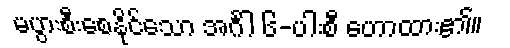
မပွားစီးစေနိုင်သော အင်္ဂါ ၆-ပါးစီ ဟောထား၏။